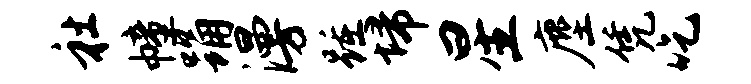
社幢踊漫踵埽星麈凭吃